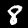
Label: 8